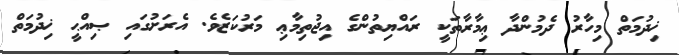
ޚިދުމަތް މިހާރު ދެމުންދާ ޢިމާރާތަކީ ރައްޔިތުންގެ އިޖުތިމާޢި މަރުކަޒެވެ. އެރަށުގައި ޞިއްޙީ ޚިދުމަތް